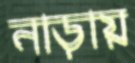
নাড়ায়